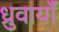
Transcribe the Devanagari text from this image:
ध्रुवायाँ